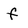
Character: f